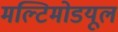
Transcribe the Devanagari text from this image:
मल्टिमोडयूल